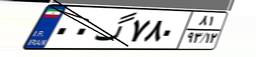
۰۰گ۷۸۰۸۱